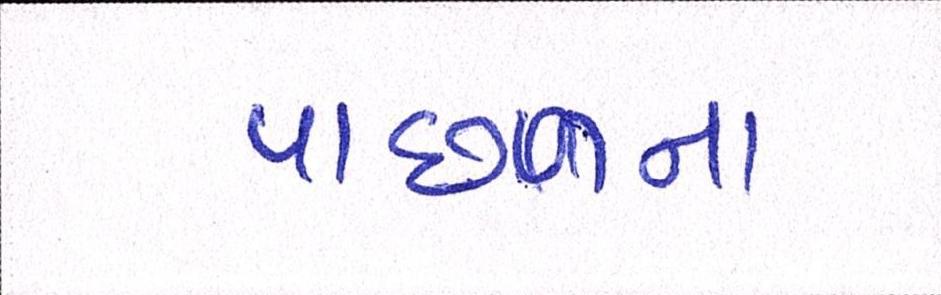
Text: પાછળના